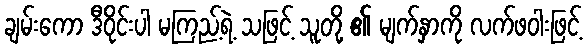
ချမ်းကော ဒီဝိုင်းပါ မကြည့်ရဲ့ သဖြင့် သူတို့ ၏ မျက်နှာကို လက်ဖဝါးဖြင့်